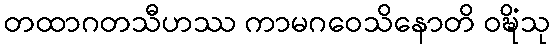
တထာဂတသီဟဿ ကာမဂဝေသိနောတိ ဝဍ္ဎိံသု